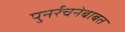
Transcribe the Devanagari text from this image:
पुनर्रचनेबाबत